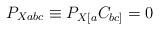
LaTeX: \begin{align*}P_{Xabc}\equiv P_{X[a}C_{bc]}=0\end{align*}